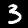
Label: 3